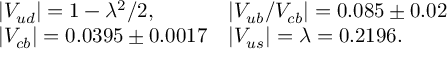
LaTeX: \begin{array} { l l } { { | V _ { u d } | = 1 - \lambda ^ { 2 } / 2 , } } & { { | V _ { u b } / V _ { c b } | = 0 . 0 8 5 \pm 0 . 0 2 } } \\ { { | V _ { c b } | = 0 . 0 3 9 5 \pm 0 . 0 0 1 7 } } & { { | V _ { u s } | = \lambda = 0 . 2 1 9 6 . } } \end{array}